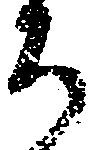
ち